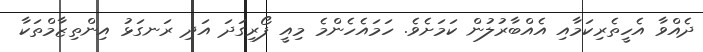
ދެއްވާ އެހީތެރިކަމާއި އެއްބާރުލުން ކަމަށެވެ. ހަމައެހެންމެ މިއީ ފޯރިގަދަ އަދި ރަނގަޅު އިންތިޒާމްތަކާ